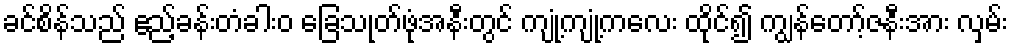
ခင်စိန်သည် ဧည့်ခန်းတံခါးဝ ခြေသုတ်ဖုံအနီးတွင် ကျုံ့ကျုံ့ကလေး ထိုင်၍ ကျွန်တော့်ဇနီးအား လှမ်း